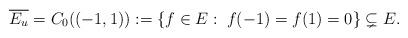
LaTeX: \begin{align*}\overline{E_u} = C_0((-1,1)) := \{f \in E: \; f(-1) = f(1) = 0\}\subsetneq E.\end{align*}